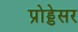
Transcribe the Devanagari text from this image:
प्रोड्डेसर